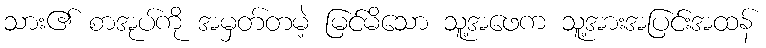
သား၏ စာအုပ်ကို အမှတ်တမဲ့ မြင်မိသော သူ့အဖေက သူ့အားအပြင်းအထန်